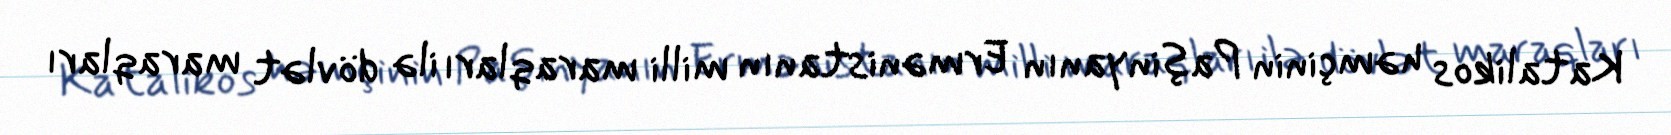
Katalikos həmçinin Paşinyanın Ermənistanın milli maraqları ilə dövlət maraqları